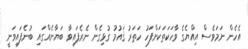
އެހެން ނަމަވެސް އިއްޔެގެ ވާހަކަތަކަށްފަހު ހަތަރު ޤައުމު ގުޅިގެން ނެރެފައިވާ ބަޔާނެއްގައި ބުނެފައިވަނީ